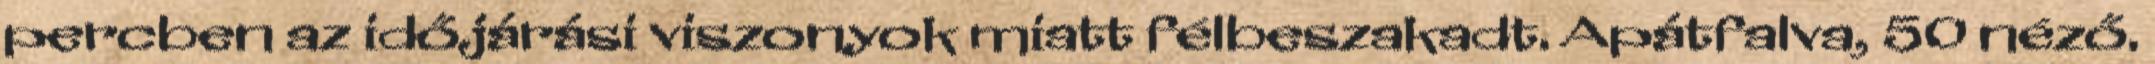
percben az időjárási viszonyok miatt félbeszakadt. Apátfalva, 50 néző.